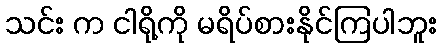
သင်း က ငါရို့ကို မရိပ်စားနိုင်ကြပါဘူး